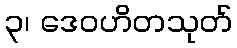
၃၊ ဒေဝဟိတသုတ်